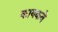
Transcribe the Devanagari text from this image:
कायकवे